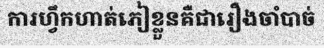
ការហ្វឹកហាត់ភៀខ្លួនគឺជារឿងចាំបាច់